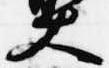
大